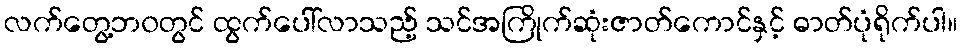
လက်တွေ့ဘ၀တွင် ထွက်ပေါ်လာသည့် သင်အကြိုက်ဆုံးဇာတ်ကောင်နှင့် ဓာတ်ပုံရိုက်ပါ။